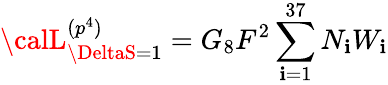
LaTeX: {\calL}_{\DeltaS=1}^{(p^{4})}=G_{8}F^{2}\sum_{\mathbf{i}=1}^{37}N_{\mathbf{i}}W_{\mathbf{i}}